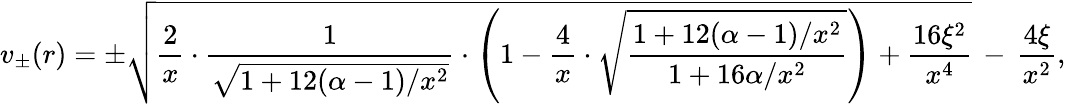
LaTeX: v_{\pm}(r)=\pm\sqrt{\frac{2}{x}\cdot\frac{1}{\sqrt{1+12(\alpha-1)/x^{2}}}\cdot\left(1-\frac{4}{x}\cdot\sqrt{\frac{1+12(\alpha-1)/x^{2}}{1+16\alpha/x^{2}}}\right)+\frac{16\xi^{2}}{x^{4}}}\, -\, \frac{4\xi}{x^{2}},